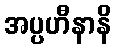
အပ္ပဟီနာနိ